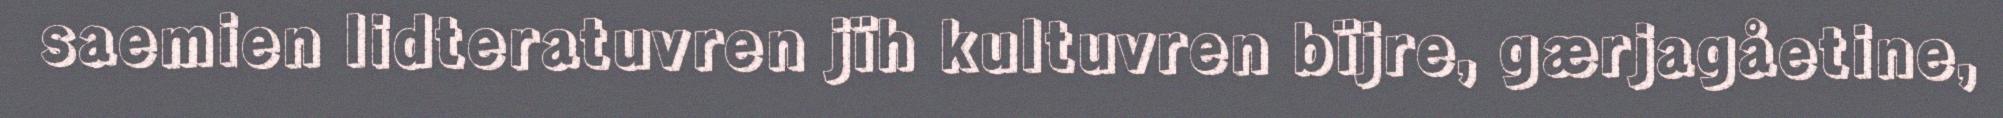
saemien lidteratuvren jïh kultuvren bïjre, gærjagåetine,